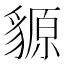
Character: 䝠